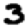
Digit: 3